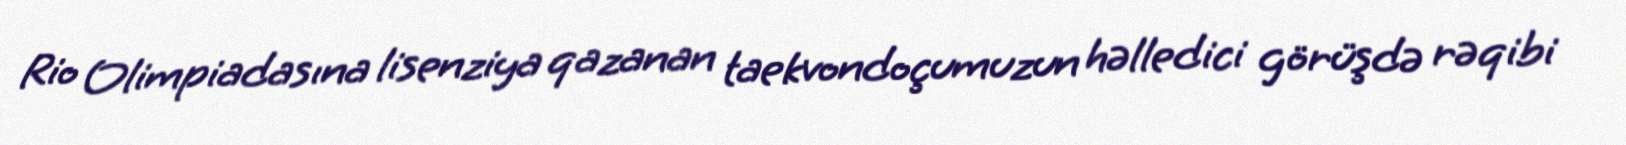
Rio Olimpiadasına lisenziya qazanan taekvondoçumuzun həlledici görüşdə rəqibi